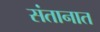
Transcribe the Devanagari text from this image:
संतानात